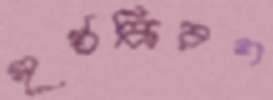
সূর্যকিরণ